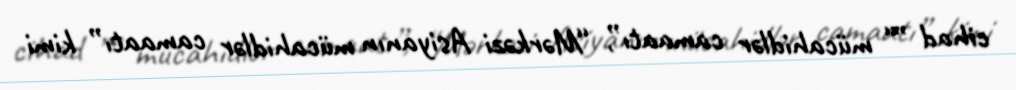
cihad ”“ mücahidlər camaatı”, “Mərkəzi Asiyanın mücahidlər camaatı” kimi